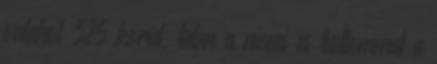
valahol 325 körül, talán a niceai és tudtommal a